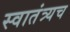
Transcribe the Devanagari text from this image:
स्वातंत्र्यच